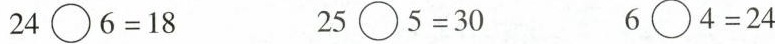
$$24\bigcirc6=18$$ $$25\bigcirc5=30$$ %%6\bigcirc4=24$$